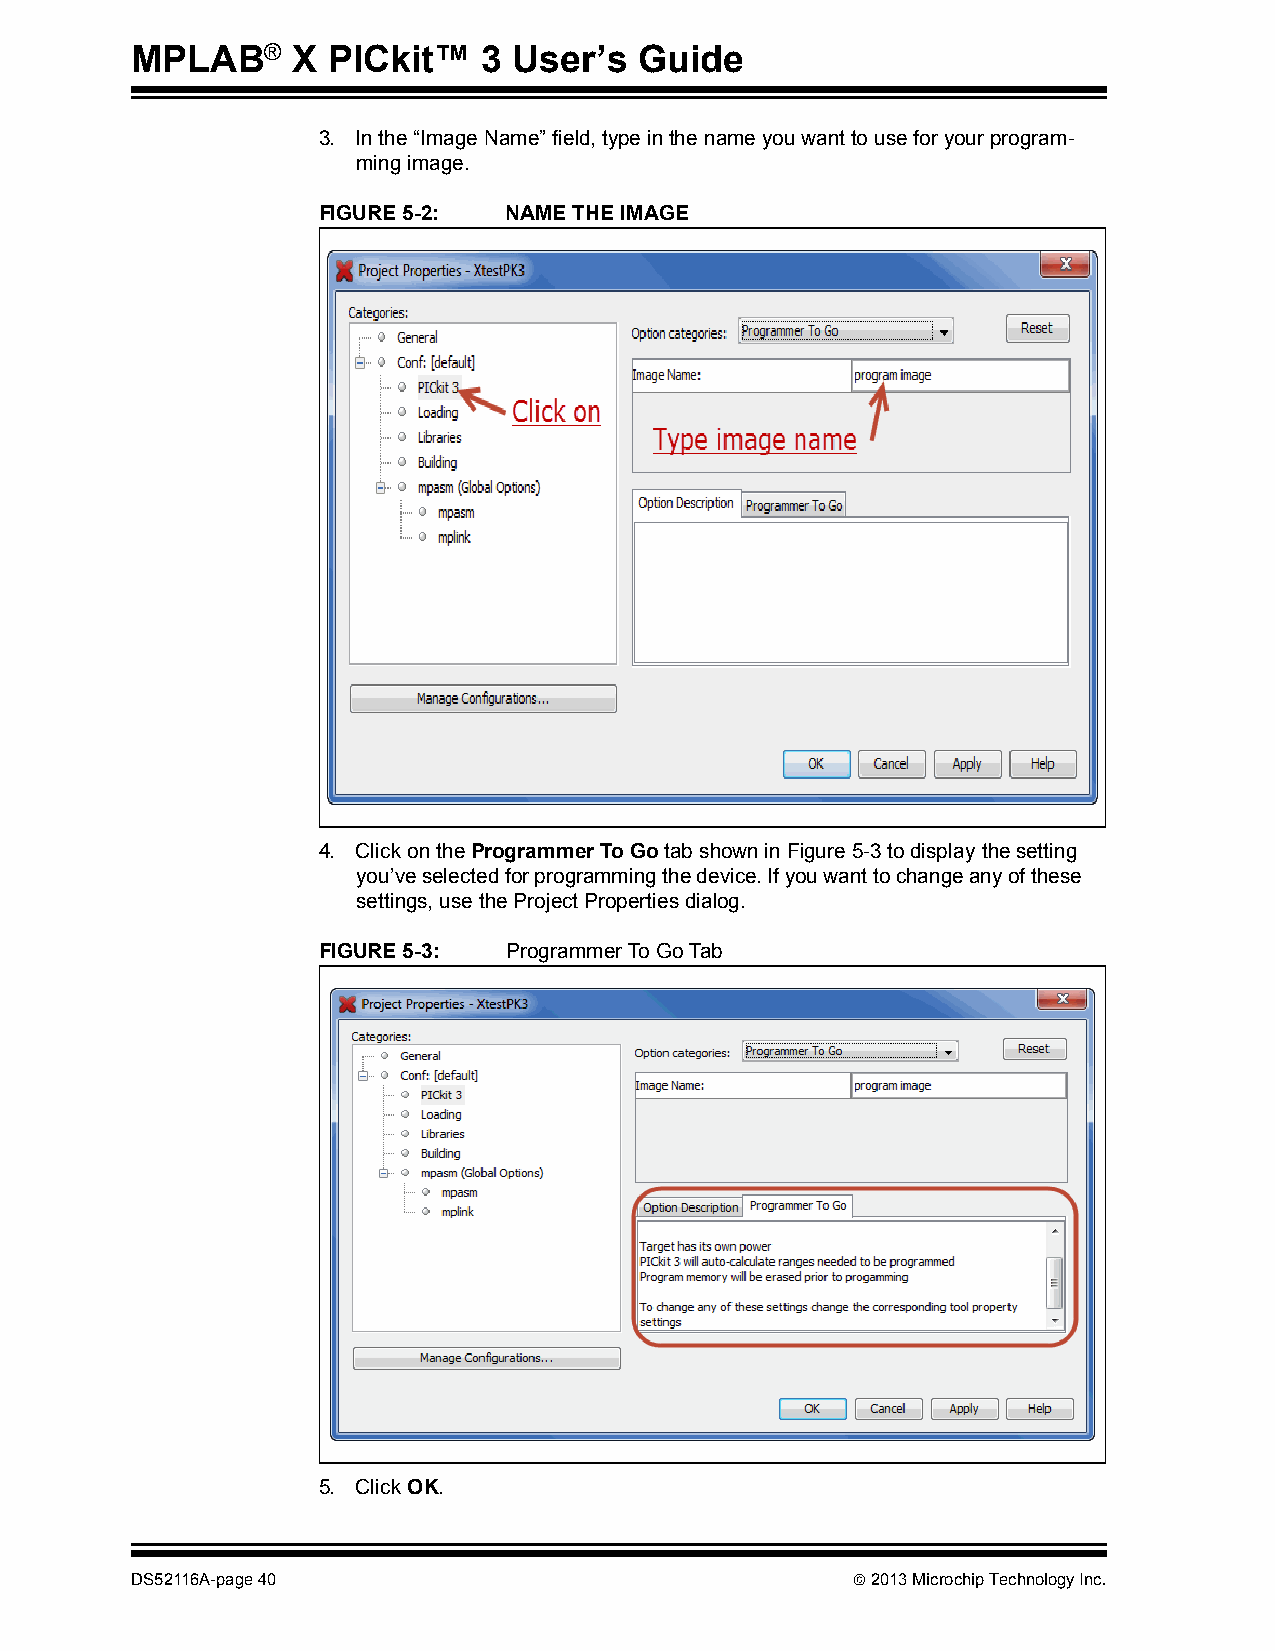
MPLAB®    X  PICkit™   3 User’s  Guide
 3. In the “Image Name” field, type in the name you want to use for your program-
 ming image.
 FIGURE 5-2:  NAME THE IMAGE
 4. Click on the Programmer To Go tab shown in Figure5-3 to display the setting
 you’ve selected for programming the device. If you want to change any of these
 settings, use the Project Properties dialog.
 FIGURE 5-3:  Programmer To Go Tab
 5. Click OK.
 DS52116A-page 40                                2013 Microchip Technology Inc.